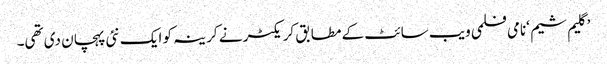
’گلیم شیم ‘نامی فلمی ویب سائٹ کے مطابق کریکٹر نے کرینہ کو ایک نئی پہچان دی تھی۔